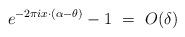
LaTeX: \begin{align*}e^{-2\pi i x\cdot(\alpha -\theta)}-1\ =\ O(\delta)\end{align*}